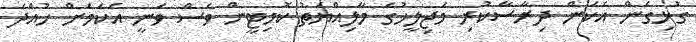
ގުޅިގެން އެކަން ދިރާސާކުރި މަޖިލީހުގެ މާލިއްޔަތު ކޮމިޓީން ވެސް ވަނީ އެކަމަށް ހުއްދަ